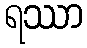
ရဿာ